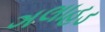
ગલાહડ